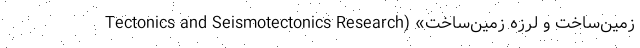
زمین‌ساخت و لرزه زمین‌ساخت» (Tectonics and Seismotectonics Research